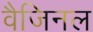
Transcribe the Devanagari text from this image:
वैजिनल